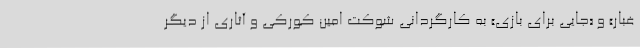
غبار» و «جایی برای بازی» به کارگردانی شوکت امین کورکی و آثاری از دیگر